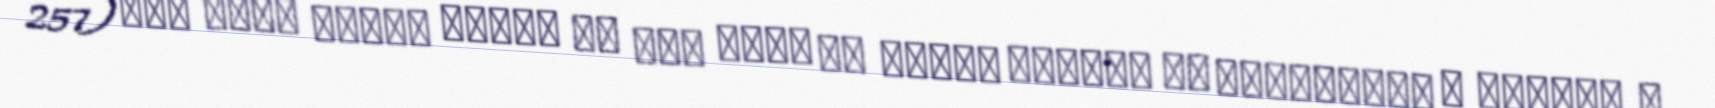
257) ذكر تسلط جماعت روسیه از روی تغلب به ولایت مغصوبه از آذربایجان و سرداری و